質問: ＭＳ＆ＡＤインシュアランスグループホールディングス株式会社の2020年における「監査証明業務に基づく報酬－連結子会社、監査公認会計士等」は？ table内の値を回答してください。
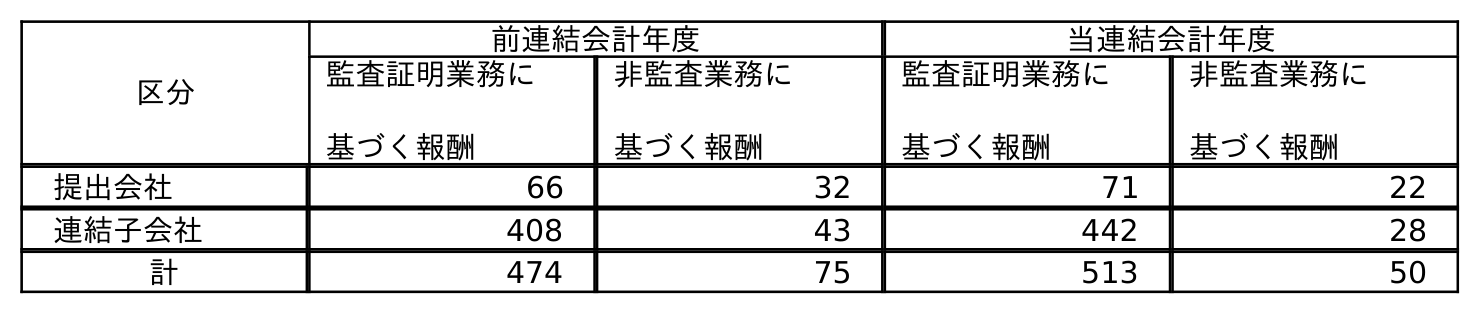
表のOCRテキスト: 区分 前連結会計年度 当連結会計年度 監査証明業務に 基づく報酬 非監査業務に 基づく報酬 監査証明業務に 基づく報酬 非監査業務に 基づく報酬 提出会社 66 32 71 22 連結子会社 408 43 442 28 計 474 75 513 50
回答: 442